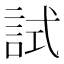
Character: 試